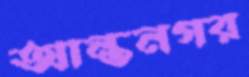
আন্তনগর